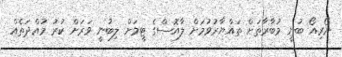
ނޯރިއޯ ބުނީ މުބާރާތަށް ތައްޔާރުވުމަށް ލާއޮސްގެ ޓީމަށް ލިބުނީ ވަރަށް ކުރު މުއްދަތެއް